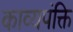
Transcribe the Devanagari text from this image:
काव्यपंक्ति